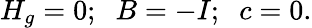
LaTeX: H_{g}=0;\; \; B=-I;\; \; c=0.